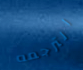
الترجمه